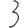
Digit: 3